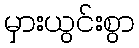
မှားယွင်းစွာ